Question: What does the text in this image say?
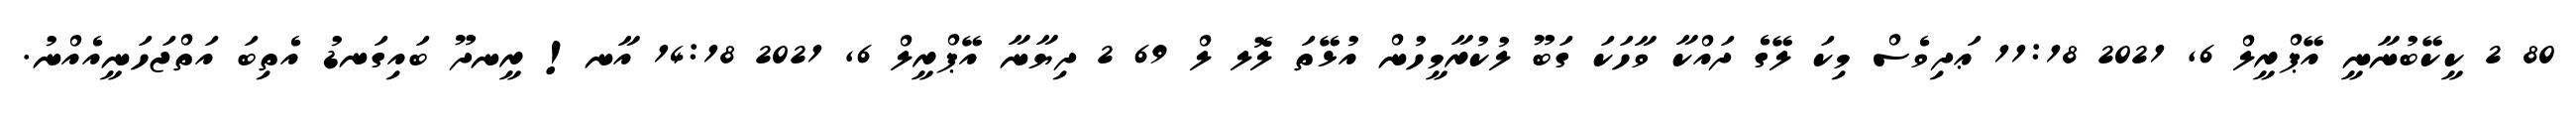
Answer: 80 2 ކީކޭބުނާނީ އޭޕްރީލް 6, 2021 11:18 ޢަދިވެސް މިކަ ލޭގެ ދައްކާ ވާހަކަ ގަބޫ ލުކުރާމީހުން އުޅޭތަ ލޮލ ލް 69 2 ދިޔާނާ އޭޕްރީލް 6, 2021 14:18 އާނ! ރީނދޫ ބައިގަނޑު އެތިބަ އަތްޖަހަނީއެއްނު.